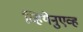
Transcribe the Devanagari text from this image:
व्हियेनुएव्ह